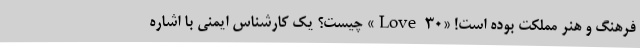
فرهنگ و هنر مملکت بوده است! «Love ۳۰» چیست؟ یک کارشناس ایمنی با اشاره